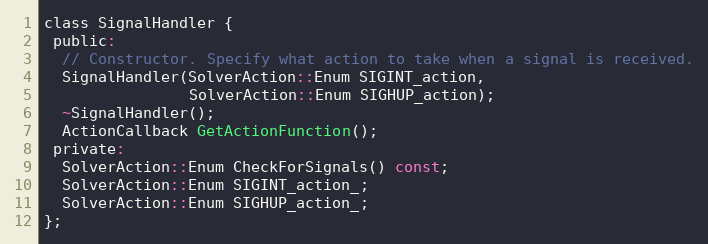
Language: C
class SignalHandler {
 public:
  // Constructor. Specify what action to take when a signal is received.
  SignalHandler(SolverAction::Enum SIGINT_action,
                SolverAction::Enum SIGHUP_action);
  ~SignalHandler();
  ActionCallback GetActionFunction();
 private:
  SolverAction::Enum CheckForSignals() const;
  SolverAction::Enum SIGINT_action_;
  SolverAction::Enum SIGHUP_action_;
};